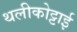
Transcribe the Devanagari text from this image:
थलीकोट्टाई